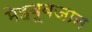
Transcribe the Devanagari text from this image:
मेहबूबजान